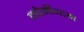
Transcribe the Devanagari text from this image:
मोमॅन्टम